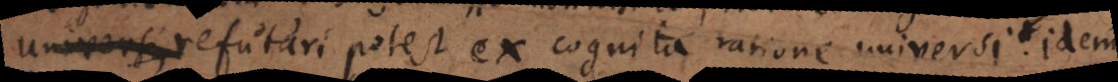
refutari potest ex cognita ratione universi quae